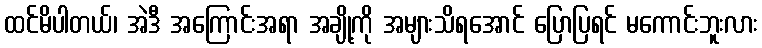
ထင်မိပါတယ်၊ အဲဒီ အကြောင်းအရာ အချို့ကို အများသိရအောင် ပြောပြရင် မကောင်းဘူးလား